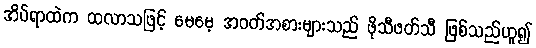
အိပ်ရာထဲက ထလာသဖြင့် မေမေ့ အဝတ်အစားများသည် ဖိုသီဖတ်သီ ဖြစ်သည်ဟူ၍